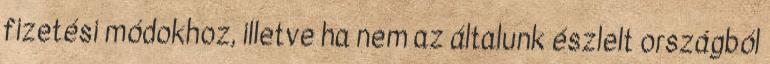
fizetési módokhoz, illetve ha nem az általunk észlelt országból